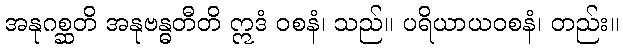
အနုဂစ္ဆတိ အနုဗန္ဓတီတိ ဣဒံ ဝစနံ၊ သည်။ ပရိယာယဝစနံ၊ တည်း။